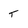
Character: T